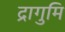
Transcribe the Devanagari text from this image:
द्रागुमि